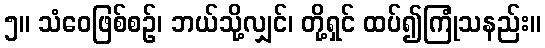
၅။ သံဝေဖြစ်စဉ်၊ ဘယ်သို့လျှင်၊ တို့ရှင် ထပ်၍ကြုံသနည်း။